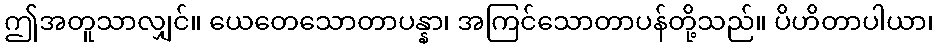
ဤအတူသာလျှင်။ ယေတေသောတာပန္နာ၊ အကြင်သောတာပန်တို့သည်။ ပိဟိတာပါယာ၊